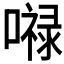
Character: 𭋙